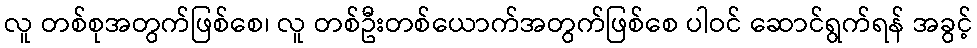
လူ တစ်စုအတွက်ဖြစ်စေ၊ လူ တစ်ဦးတစ်ယောက်အတွက်ဖြစ်စေ ပါဝင် ဆောင်ရွက်ရန် အခွင့်